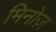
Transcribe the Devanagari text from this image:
मिनोज़